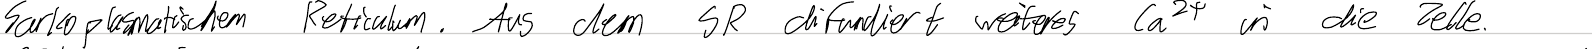
Sarkoplasmatischem Reticulum. Aus dem SR diffundiert weiteres Ca2+ in die Zelle.